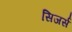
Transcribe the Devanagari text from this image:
सिजर्स